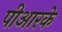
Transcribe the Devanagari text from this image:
पीआरके